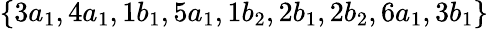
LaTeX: \{ 3a_{1},4a_{1},1b_{1},5a_{1},1b_{2},2b_{1},2b_{2},6a_{1},3b_{1}\}